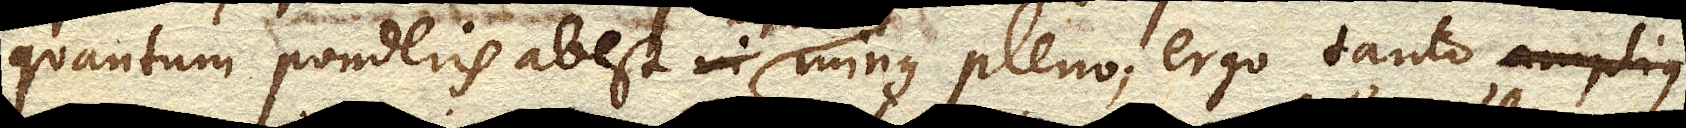
quantum ponderis abest minus pleno, ergo tanto amplius